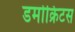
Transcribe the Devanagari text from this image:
डमोक्रिटस